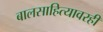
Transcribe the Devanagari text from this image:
बालसाहित्यावरही